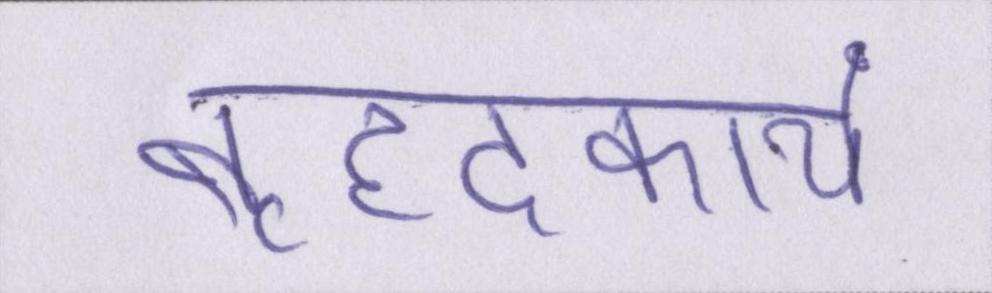
बृहदकाय